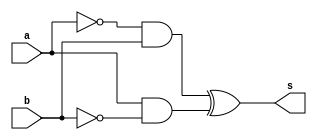
// -------------------------
// Exercicio06
// Nome: Rayan Darwin
// -------------------------

module xorgate(output s, input a, input b);
 assign s = (~a & b) ^ (a & ~b);
endmodule

module teste;
 reg x,y;
 wire z;
 
 xorgate xor1 (z,x,y);
 
 initial begin
  x=0; y=0;
  $display("Teste\nx y z");
  $monitor("%b %b %b",x,y,z);
  
  #1 x=0; y=1;
  #1 x=1; y=0;
  #1 x=1; y=1;
 end
 
endmodule